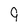
Character: 9